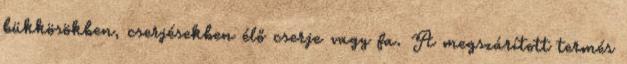
bükkösökben, cserjésekben élő cserje vagy fa. A megszárított termés